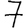
Digit: 7